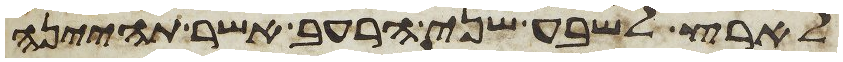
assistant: לארץ לשבע שני הרעב אשר תהינה